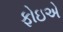
ફોઇએ